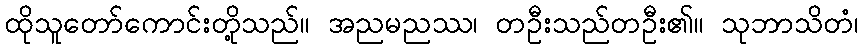
ထိုသူတော်ကောင်းတို့သည်။ အညမညဿ၊ တဦးသည်တဦး၏။ သုဘာသိတံ၊